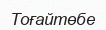
Тоғайтөбе